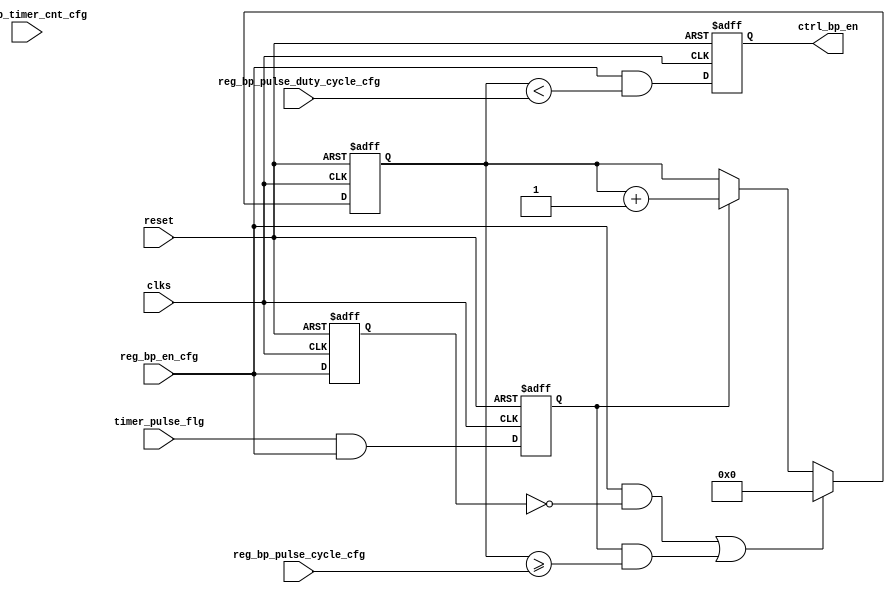
//
//------------------------------------------------------------------------------
//     Copyright (c) 2017 Huawei Technologies Co., Ltd. All Rights Reserved.
//
//     This program is free software; you can redistribute it and/or modify
//     it under the terms of the Huawei Software License (the "License").
//     A copy of the License is located in the "LICENSE" file accompanying 
//     this file.
//
//     This program is distributed in the hope that it will be useful,
//     but WITHOUT ANY WARRANTY; without even the implied warranty of
//     MERCHANTABILITY or FITNESS FOR A PARTICULAR PURPOSE. See the
//     Huawei Software License for more details. 
//------------------------------------------------------------------------------


`resetall
`timescale    1ns / 1ns

module bp_ctrl #(
     parameter       BP_TIMER_FROM_OUT      = "YES"                     ,
     parameter       BP_TIMER_CNT_WIDTH     = 8                         ,
     parameter       BP_PULSE_CNT_WIDTH     = 8                      
    )
    ( 
     input                                  clks                        ,   
     input                                  reset                       ,   

     input                                  timer_pulse_flg             ,
     input                                  reg_bp_en_cfg               ,                                                                 
     input         [BP_TIMER_CNT_WIDTH-1:0] reg_bp_timer_cnt_cfg        ,                                                                 
     input         [BP_PULSE_CNT_WIDTH-1:0] reg_bp_pulse_cycle_cfg      ,  
     input         [BP_PULSE_CNT_WIDTH-1:0] reg_bp_pulse_duty_cycle_cfg ,
               
     output  reg                            ctrl_bp_en           
    );

//******************************************************************************
// signal
//******************************************************************************
reg       [BP_TIMER_CNT_WIDTH-1:0]          bp_timer_cnt            ;
reg                                         pulse_bp                ;
wire                                        bp_start                ;
wire                                        bp_timeout              ;

reg       [BP_PULSE_CNT_WIDTH-1:0]          pulse_cnt               ;
reg                                         bp_en_cfg_1dly          ;

//******************************************************************************
// process
//******************************************************************************
generate 
    if (BP_TIMER_FROM_OUT == "YES") begin: GEN_TIMER_FROM_OUT
        always @( posedge clks or posedge reset )
        begin
            if( reset) begin
                pulse_bp <= 1'b0;
            end
            else begin
                pulse_bp <= (timer_pulse_flg & reg_bp_en_cfg);
            end
        end
    end
    else begin: GEN_TIMER_FROM_INNER
        always @( posedge clks or posedge reset )
        begin
            if( reset) begin
                bp_timer_cnt <= {BP_TIMER_CNT_WIDTH{1'b0}};
            end
            else if( ( reg_bp_en_cfg == 1'b1 ) && ( bp_timer_cnt >= reg_bp_timer_cnt_cfg)) begin
                bp_timer_cnt <= {BP_TIMER_CNT_WIDTH{1'b0}};
            end
            else if( reg_bp_en_cfg == 1'b1) begin 
                bp_timer_cnt <= bp_timer_cnt + {{(BP_TIMER_CNT_WIDTH-1){1'b0}},1'b1};
            end
            else ;
        end
        
        always @( posedge clks or posedge reset )
        begin
            if( reset) begin
                pulse_bp <= 1'b0;
            end
            else begin
                pulse_bp <= ( bp_timer_cnt >= reg_bp_timer_cnt_cfg ) && reg_bp_en_cfg;
            end
        end

    end
endgenerate

always @( posedge clks or posedge reset)
begin
    if( reset == 1'b1) begin
        bp_en_cfg_1dly <= 1'b0;
    end
    else begin
        bp_en_cfg_1dly <= reg_bp_en_cfg;
    end
end

assign bp_start = reg_bp_en_cfg & (~bp_en_cfg_1dly) ;

assign bp_timeout = pulse_bp && ( pulse_cnt >= reg_bp_pulse_cycle_cfg );

always @( posedge clks or posedge reset )
begin
    if( reset) begin
        pulse_cnt <= {BP_PULSE_CNT_WIDTH{1'b0}};
    end
    else if( ( bp_start ==1'b1 ) || ( bp_timeout == 1'b1 ) ) begin 
        pulse_cnt <= {BP_PULSE_CNT_WIDTH{1'b0}};
    end
    else if( pulse_bp ==1'b1 ) begin
        pulse_cnt <= pulse_cnt + {{(BP_PULSE_CNT_WIDTH-1){1'b0}},1'b1};
    end
    else ;
end

always @( posedge clks or posedge reset)
begin
    if( reset == 1'b1) begin
        ctrl_bp_en <= 1'b0;
    end
    else begin
        ctrl_bp_en <= reg_bp_en_cfg && ( pulse_cnt < reg_bp_pulse_duty_cycle_cfg);
    end
end


endmodule